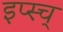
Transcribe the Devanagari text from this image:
इप्स्च्